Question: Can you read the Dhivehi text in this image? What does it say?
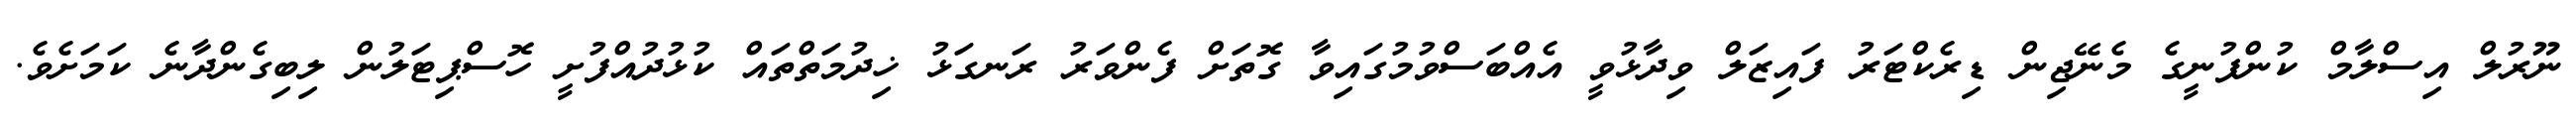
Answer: ނޫރުލް އިސްލާމް ކުންފުނީގެ މެނޭޖިން ޑިރެކްޓަރު ފައިޒަލް ވިދާޅުވީ އެއްބަސްވުމުގައިވާ ގޮތަށް ފެންވަރު ރަނގަޅު ޚިދުމަތްތައް ކުޅުދުއްފުށީ ހޮސްޕިޓަލުން ލިބިގެންދާނެ ކަމަށެވެ.